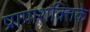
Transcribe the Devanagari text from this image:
प्राणशक्तिके